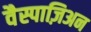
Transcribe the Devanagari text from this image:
वैस्पाज़िअन